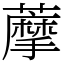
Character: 藦